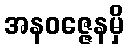
အနဝဇ္ဇေနမှိ